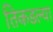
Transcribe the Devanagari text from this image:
तिकडल्या